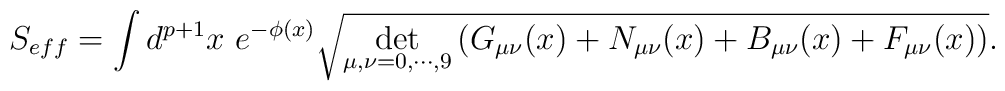
S_{eff}= \int d^{p+1}x ~e^{-\phi(x)} \sqrt{ \det_{\mu, \nu=0, \cdots ,9}\left( G_{\mu\nu}(x)+N_{\mu\nu}(x)+B_{\mu\nu}(x)+F_{\mu\nu}(x) \right) }.